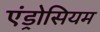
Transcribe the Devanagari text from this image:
एंड्रोसियम